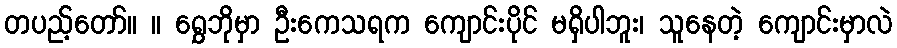
တပည့်တော်။ ။ ရွှေဘိုမှာ ဦးကေသရက ကျောင်းပိုင် မရှိပါဘူး၊ သူနေတဲ့ ကျောင်းမှာလဲ